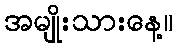
အမျိုးသားနေ့။